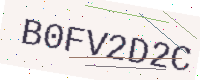
Text: B0FV2D2C